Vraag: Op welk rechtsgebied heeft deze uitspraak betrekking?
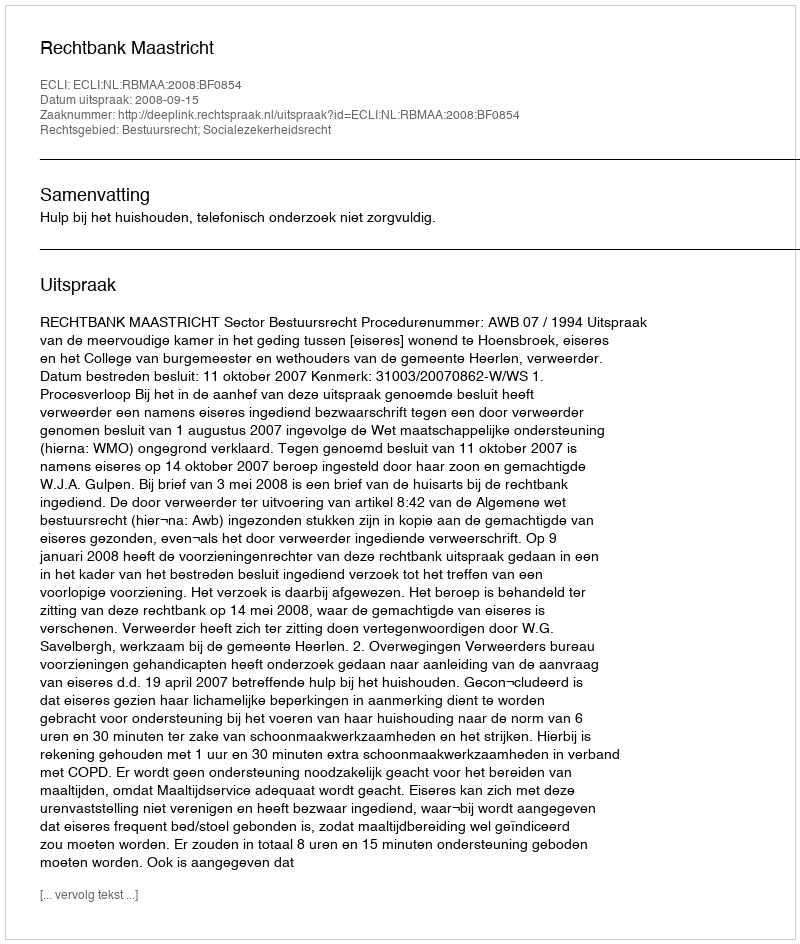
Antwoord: Bestuursrecht; Socialezekerheidsrecht